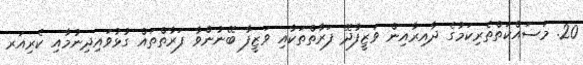
20. މަސައްކަތްތެރިކަމުގެ ދާއިރާއިން ވަޒީފާދޭ ފަރާތްތަކާއި ވަޒީފާ ބޭނުންވާ ފަރާތްތައް ގުޅުވައިދިނުމާއި ކެރިއަރ